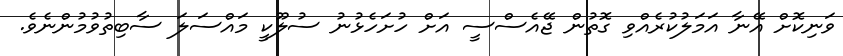
ވަނިކޮށް އޭނާ އަމަލުކުރެއްވި ގޮތުން ޖޭއެސްސީ އަށް ހުށަހެޅުނު ސުލޫކީ މައްސަލަ ސާބިތުވުމުންނެވެ.